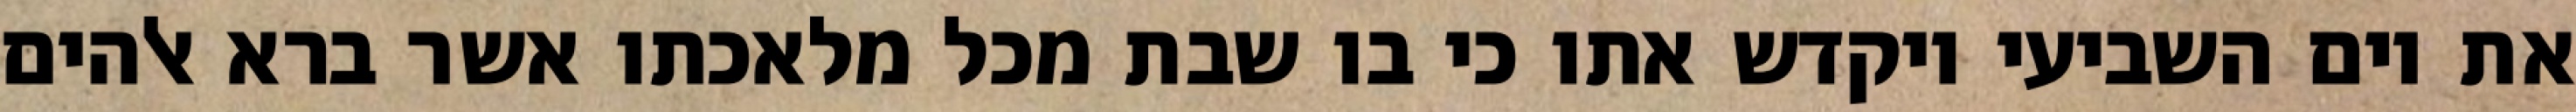
את יום השביעי ויקדש אתו כי בו שבת מכל מלאכתו אשר ברא אלהים